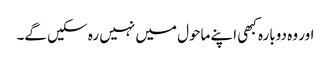
اور وہ دوبارہ کبھی اپنے ماحول میں نہیں رہ سکیں گے۔